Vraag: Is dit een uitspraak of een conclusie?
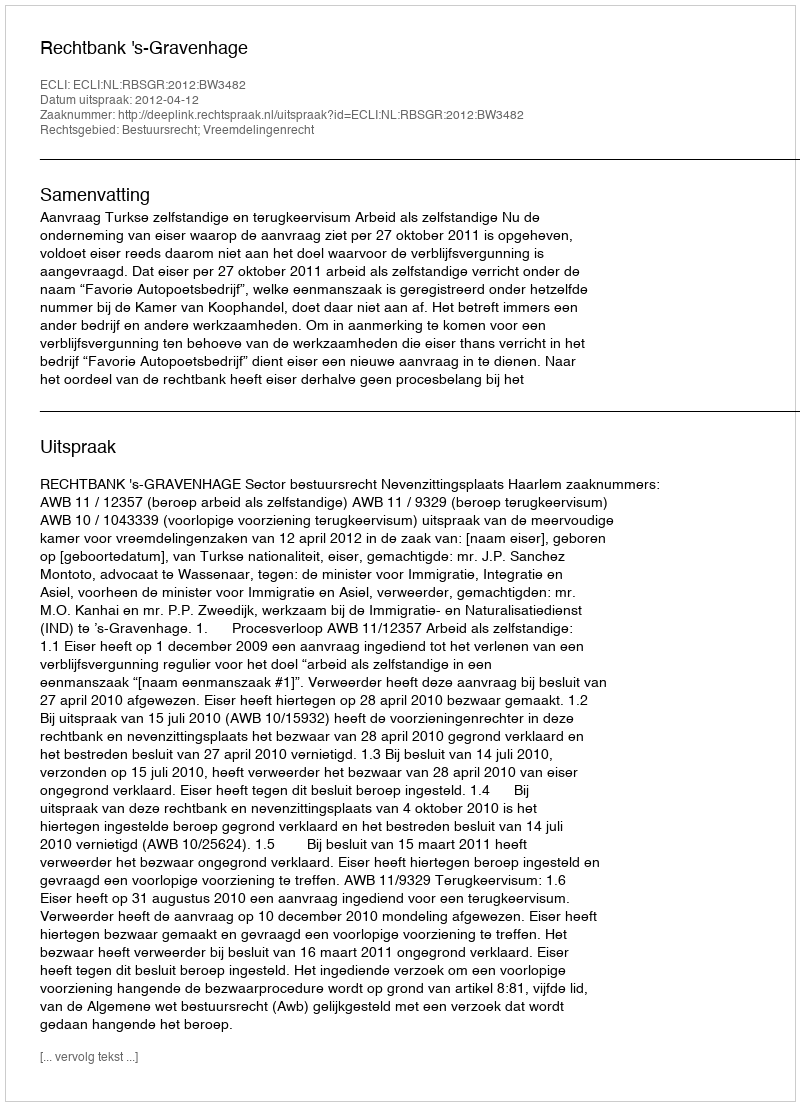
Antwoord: Uitspraak